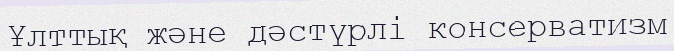
Ұлттық және дәстүрлі консерватизм